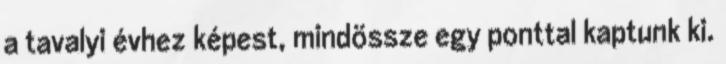
a tavalyi évhez képest, mindössze egy ponttal kaptunk ki.